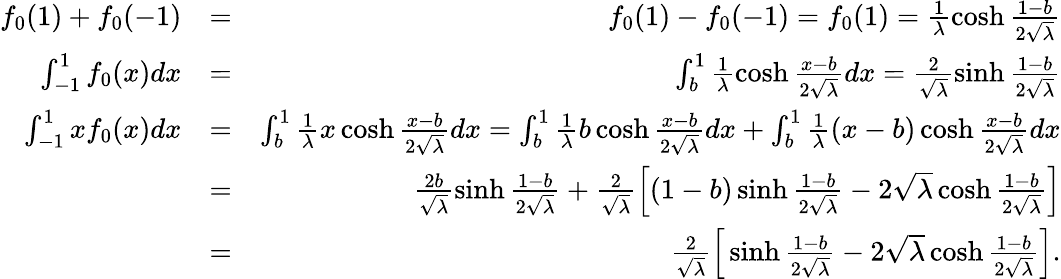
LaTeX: \begin{array}{rlr}{f_{0}(1)+f_{0}(-1)}&{=}&{f_{0}(1)-f_{0}(-1)=f_{0}(1)=\frac{1}{\lambda}\cosh\frac{1-b}{2\sqrt{\lambda}}}\\ {\int_{-1}^{1}f_{0}(x)dx}&{=}&{\int_{b}^{1}\frac{1}{\lambda}\cosh\frac{x-b}{2\sqrt{\lambda}}dx=\frac{2}{\sqrt{\lambda}}\sinh\frac{1-b}{2\sqrt{\lambda}}}\\ {\int_{-1}^{1}xf_{0}(x)dx}&{=}&{\int_{b}^{1}\frac{1}{\lambda}x\cosh\frac{x-b}{2\sqrt{\lambda}}dx=\int_{b}^{1}\frac{1}{\lambda}b\cosh\frac{x-b}{2\sqrt{\lambda}}dx+\int_{b}^{1}\frac{1}{\lambda}(x-b)\cosh\frac{x-b}{2\sqrt{\lambda}}dx}\\ &{=}&{\frac{2b}{\sqrt{\lambda}}\sinh\frac{1-b}{2\sqrt{\lambda}}+\frac{2}{\sqrt{\lambda}}\Big[(1-b)\sinh\frac{1-b}{2\sqrt{\lambda}}-2\sqrt{\lambda}\cosh\frac{1-b}{2\sqrt{\lambda}}\Big]}\\ &{=}&{\frac{2}{\sqrt{\lambda}}\Big[\sinh\frac{1-b}{2\sqrt{\lambda}}-2\sqrt{\lambda}\cosh\frac{1-b}{2\sqrt{\lambda}}\Big].}\end{array}